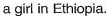
a girl in Ethiopia.